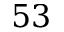
5 3